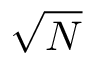
\sqrt { N }